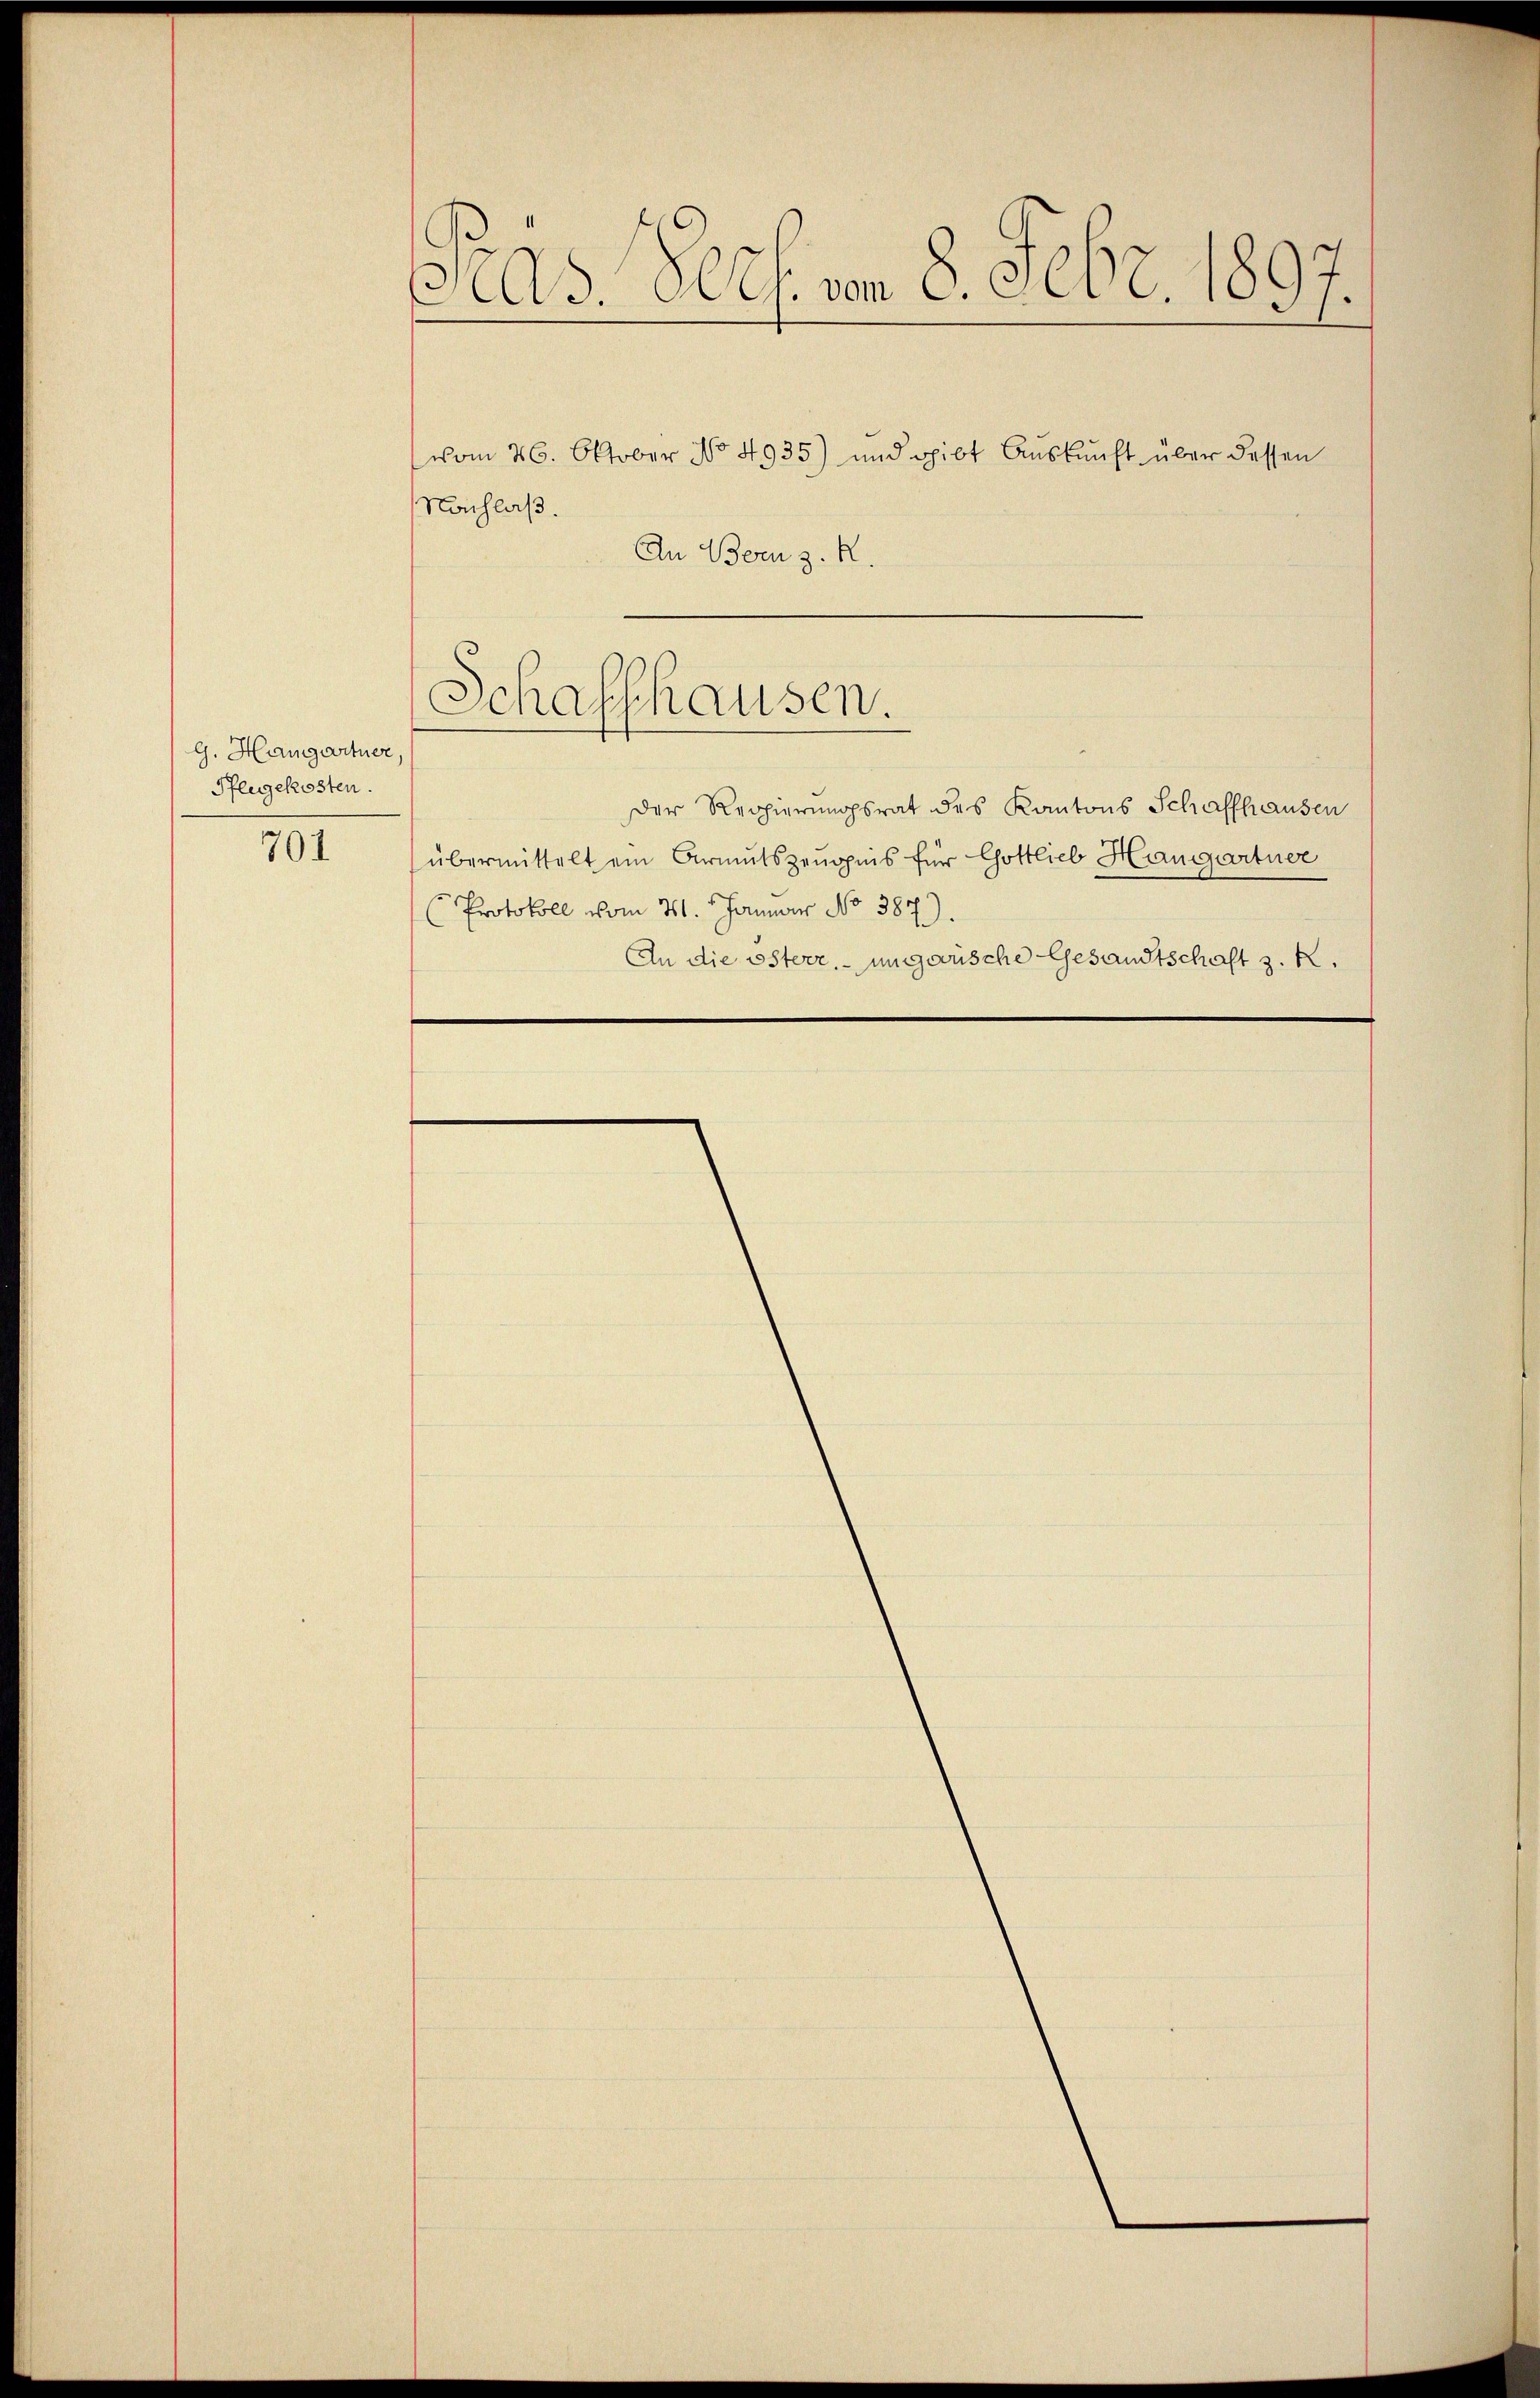
G. Hangartner,
Pflegekosten.

701

Pras doch vom 8. Febr. 1897.

vom 26. Oktober No 4935) und gibt Aŭskŭnft über dessen
Nachlaß.
An Bern z. R.
der Regierungsrat des Kantons Schaffhausen
übermittelt ein Armutszeugnis für Gottlieb Haugartner
Protokoll vom 21. Januar No 387).
An die österr. ungewische Gesandtschaft z. K.

Schaffhausen.